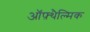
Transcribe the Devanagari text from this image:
ऑफ़्थैल्मिक